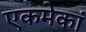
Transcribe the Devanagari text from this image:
एकमेकां